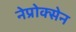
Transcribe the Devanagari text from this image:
नेप्रोक्सेन